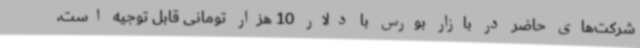
شرکت‌های حاضر در بازار بورس با دلار 10 هزار تومانی قابل توجیه است،